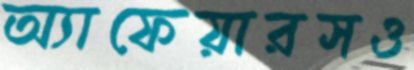
অ্যাফেয়ারসও